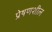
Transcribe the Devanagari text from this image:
प्रेषणशील